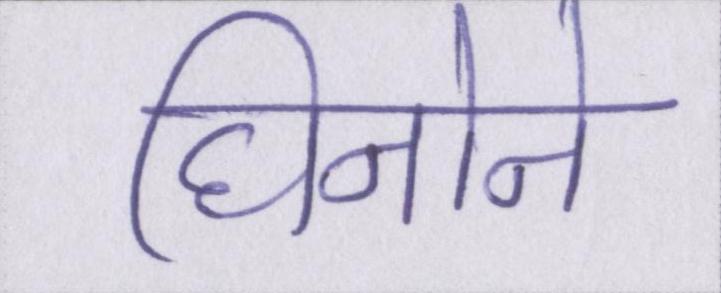
घिनोने